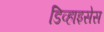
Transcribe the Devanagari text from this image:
डिव्हाइसेस